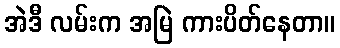
အဲဒီ လမ်းက အမြဲ ကားပိတ်နေတာ။